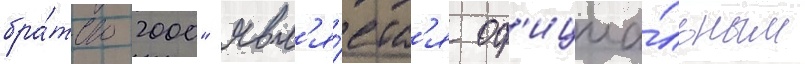
бра́тство 2000" явл'я́етс'я оф'ициа́льным